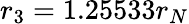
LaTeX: r_{3}=1.25533r_{N}